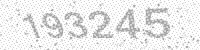
Solution: 193245